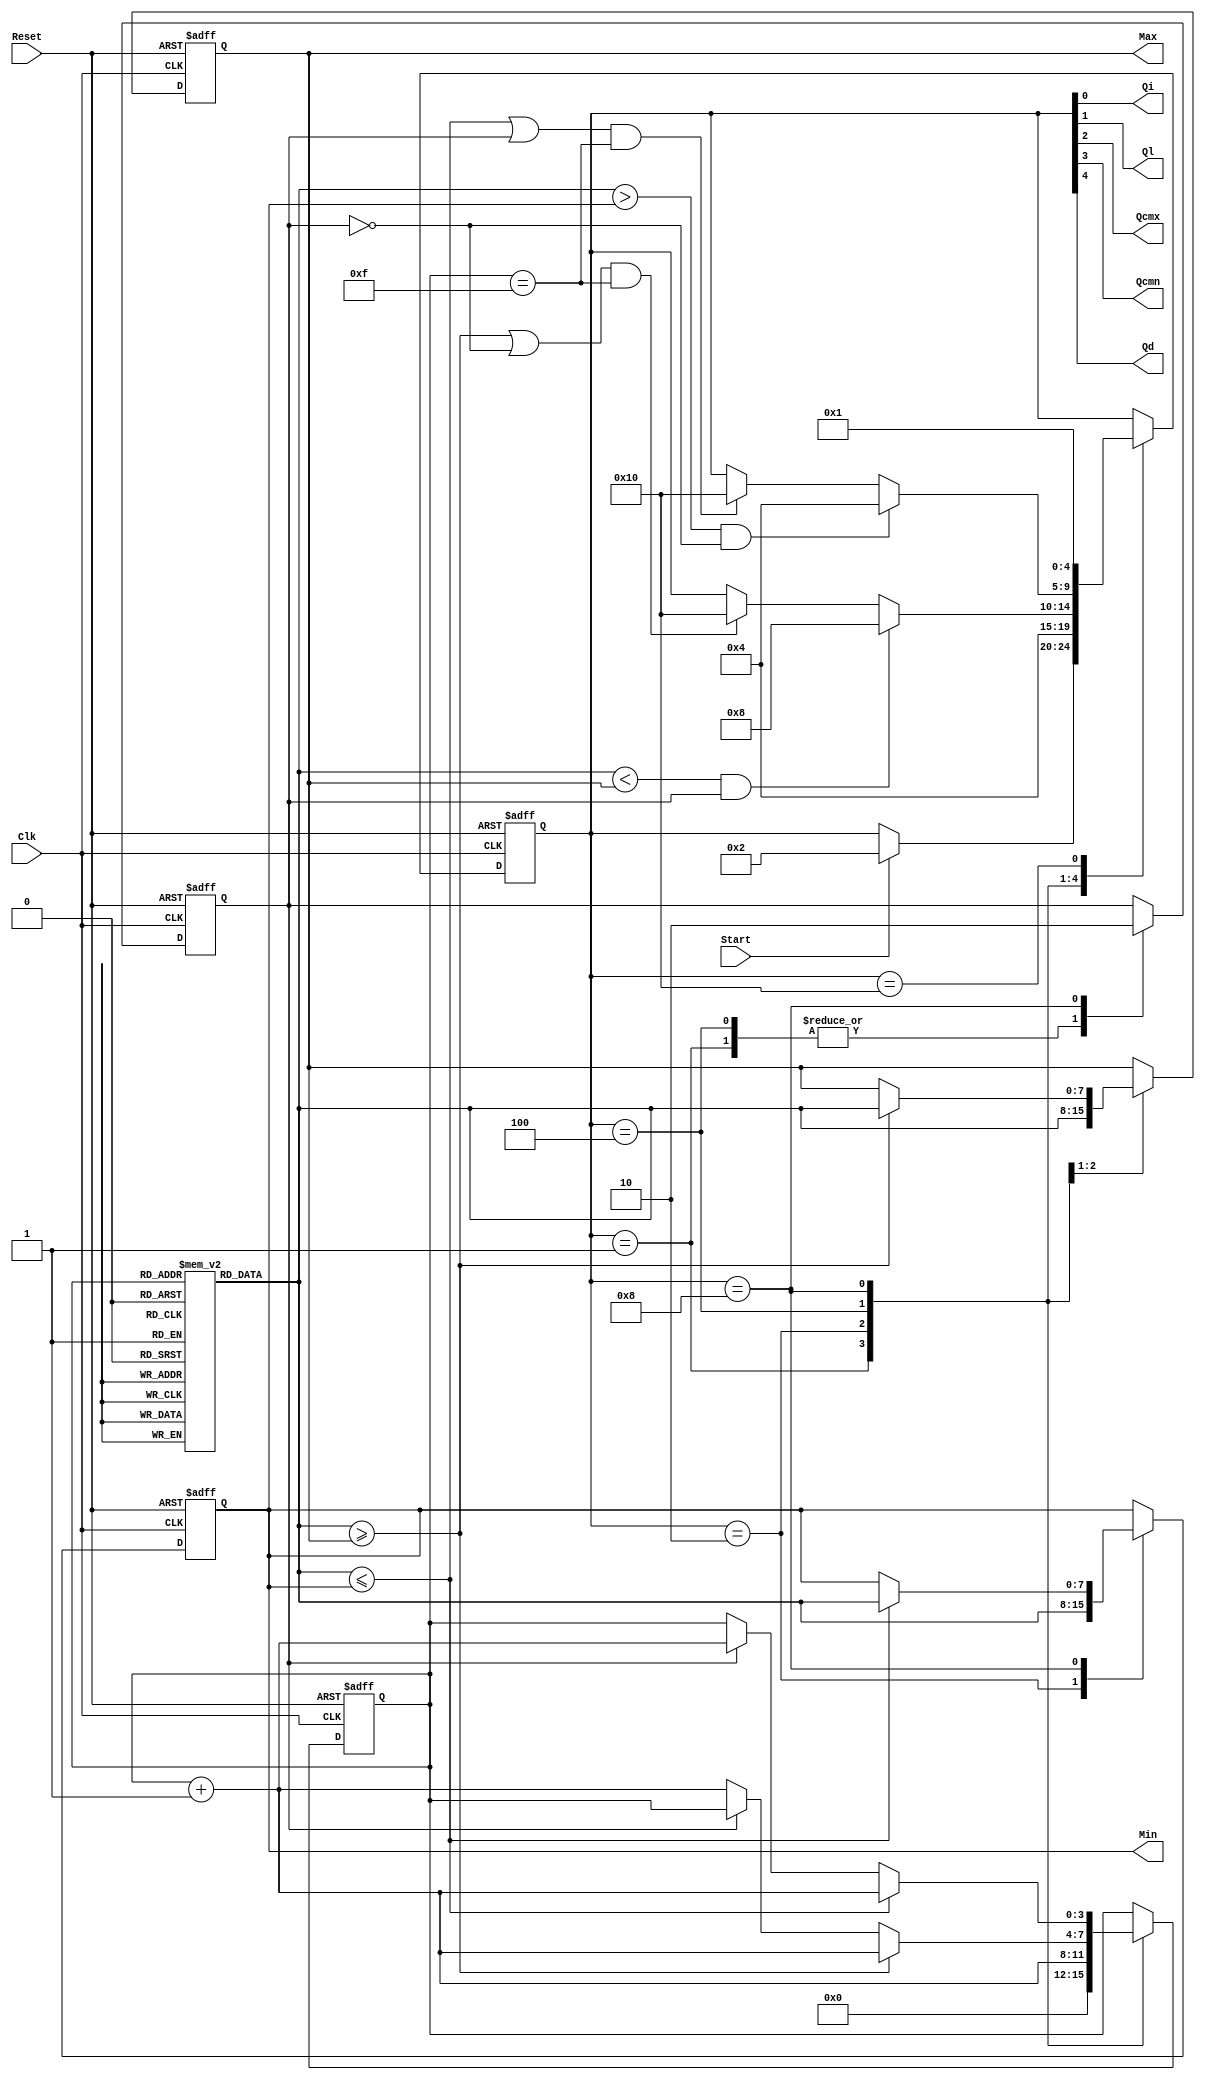
// EE457 RTL Exercises
// min_max_finder_part3_M3.v (Part 3 method 3 (compared to method 1) uses a flag and merges CMx and CMxF and also CMn and CMnF)
// Written by Gandhi Puvvada
// June 5, 2010, 
// Given an array of 16 unsigned 8-bit numbers, we need to find the maximum and the minimum number
 

`timescale 1 ns / 100 ps

module min_max_finder_part3_M3 (Max, Min, Start, Clk, Reset, 
				           Qi, Ql, Qcmx, Qcmn, Qd);

input Start, Clk, Reset;
output [7:0] Max, Min;
output Qi, Ql, Qcmx, Qcmn, Qd;

reg [7:0] M [0:15]; 

reg [4:0] state;
reg       Flag; // The Flag is special to M3 and M4 of Part 3 
reg [7:0] Max;
reg [7:0] Min;
reg [3:0] I;

localparam 
INI  = 	5'b00001, // "Initial" state
LOAD = 	5'b00010, // "Load Max and Min with 1st Element" state
CMx = 	5'b00100, // "Compare each number with Max and Update Max if needed" state
CMn = 	5'b01000, // "Compare each number with Min and Update Min if needed" state
DONE = 	5'b10000; // "Done finding Min and Max" state
         
         
assign {Qd,  Qcmn, Qcmx, Ql, Qi} = state;  

always @(posedge Clk, posedge Reset) 

  begin  : CU_n_DU
    if (Reset)
       begin
         state <= INI;
         I <= 4'bXXXX;   // to avoid recirculating mux controlled by Reset 
	      Max <= 8'bXXXXXXXX;
	      Min <= 8'bXXXXXXXX;
		  Flag <= 1'bX;
	    end
    else
       begin
           case (state)
	        INI	: 
	          begin
		         // RTL operations in the Data Path            	              
		        I <= 0;
				Flag <= 1;
		         // state transitions in the control unit
		         if (Start)
		           state <= LOAD;
	          end
	        LOAD	:
	          begin
		           // RTL operations in the Data Path  
		           Max <= M[I]; // Load M[I] into Max
		           Min <= M[I]; // Load M[I] into Min
		           I <= I + 1;  // Increment I
		           // state transitions in the control unit
		           state <= CMx; // Transit unconditionally to the CMx state         
 	          end
	        
	        CMx :
	          begin 
	             // RTL operations in the Data Path   		                  
				    if (Flag == 0)
						I <= I + 1;
					Flag <= 1;
					if (M[I] >= Max)
					begin
						Max <= M[I];
						I <= I + 1;
					end
				 // state transitions in the control unit
				 	if ((M[I] >= Max || Flag == 0) && I == 15)
						state <= DONE;
					if (M[I] < Max && Flag == 1)
						state <= CMn;
			  end
			  
			  
	        CMn :
	          begin 
	             // RTL operations in the Data Path   		                  
				    if (Flag == 1)
						I <= I + 1;
					Flag <= 0;
					if (M[I] <= Min)
					begin
						Min <= M[I];
						I <= I + 1;
					end
				 // state transitions in the control unit    
					if ((M[I] <= Min || Flag == 1) && I == 15)
						state <= DONE;
					if (M[I] > Min && Flag == 0)		
						state <= CMx;
			  end


	        DONE	:
	          begin  
		         // state transitions in the control unit
		           state <= INI; // Transit to INI state unconditionally
		       end    
      endcase
    end 
  end 
endmodule